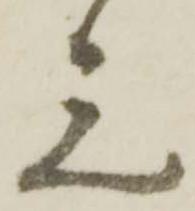
元